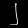
Digit: ၂